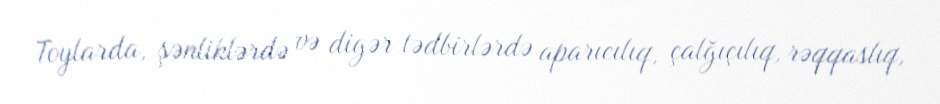
Toylarda, şənliklərdə və digər tədbirlərdə aparıcılıq, çalğıçılıq, rəqqaslıq,